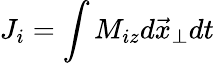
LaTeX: J_{i}=\int M_{iz}d\vec{x}_{\perp}dt